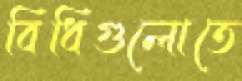
বিধিগুলোতে